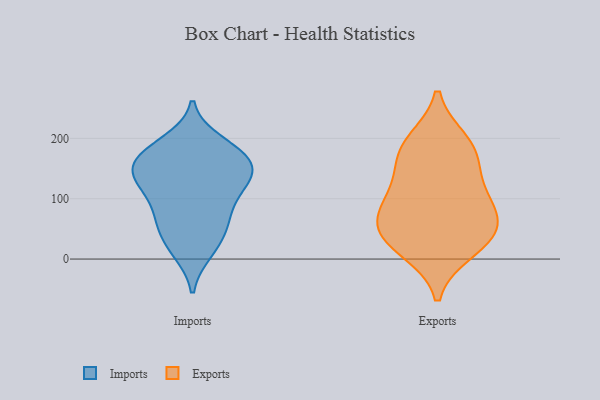
{"axis": {"x": "Demand Index", "y": "Value"}, "legend": ["Exports", "Imports"], "data": [{"x": "", "y": 20, "type": "Imports"}, {"x": "", "y": 137, "type": "Imports"}, {"x": "", "y": 171, "type": "Imports"}, {"x": "", "y": 140, "type": "Imports"}, {"x": "", "y": 127, "type": "Imports"}, {"x": "", "y": 180, "type": "Imports"}, {"x": "", "y": 45, "type": "Imports"}, {"x": "", "y": 158, "type": "Imports"}, {"x": "", "y": 116, "type": "Imports"}, {"x": "", "y": 175, "type": "Imports"}, {"x": "", "y": 13, "type": "Imports"}, {"x": "", "y": 76, "type": "Imports"}, {"x": "", "y": 122, "type": "Imports"}, {"x": "", "y": 75, "type": "Imports"}, {"x": "", "y": 155, "type": "Imports"}, {"x": "", "y": 62, "type": "Imports"}, {"x": "", "y": 193, "type": "Imports"}, {"x": "", "y": 39, "type": "Exports"}, {"x": "", "y": 129, "type": "Exports"}, {"x": "", "y": 54, "type": "Exports"}, {"x": "", "y": 31, "type": "Exports"}, {"x": "", "y": 65, "type": "Exports"}, {"x": "", "y": 180, "type": "Exports"}, {"x": "", "y": 194, "type": "Exports"}, {"x": "", "y": 93, "type": "Exports"}, {"x": "", "y": 15, "type": "Exports"}, {"x": "", "y": 98, "type": "Exports"}, {"x": "", "y": 174, "type": "Exports"}]}